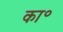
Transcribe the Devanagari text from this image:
का॰